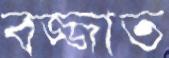
বজ্জাত